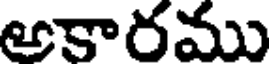
అకారము